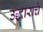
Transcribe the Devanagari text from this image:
उद्धाराचे